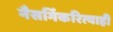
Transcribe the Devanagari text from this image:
नैसर्गिकरित्याही